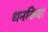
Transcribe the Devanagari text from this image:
धनकिया